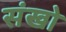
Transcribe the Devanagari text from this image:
संखो